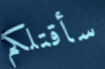
سأقتلكم